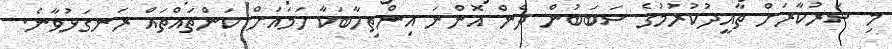
މި ސަރުކާރަށް ތާއީދުކުރުމުގެ ސަބަބުން ދެން އޮންނަ އިންތިހާބަކާ ހަމައަށް ކަންތައްތައް ރަނގަޅުވާނެ.